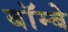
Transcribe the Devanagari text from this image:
बॉम्‍बे